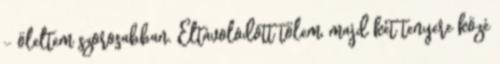
- öleltem szorosabban. Eltávolodott tőlem, majd két tenyere közé